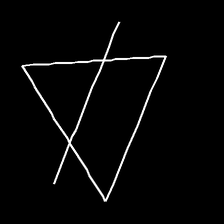
Glyph: empower